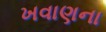
ખવાણના